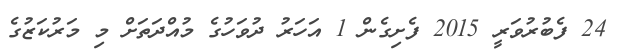
24 ފެބުރުވަރީ 2015 ފެށިގެން 1 އަހަރު ދުވަހުގެ މުއްދަތަށް މި މަރުކަޒުގެ